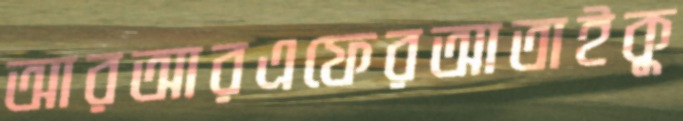
আরআরএফেরআতাইকু